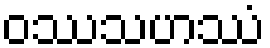
ဝဿသဟဿံ